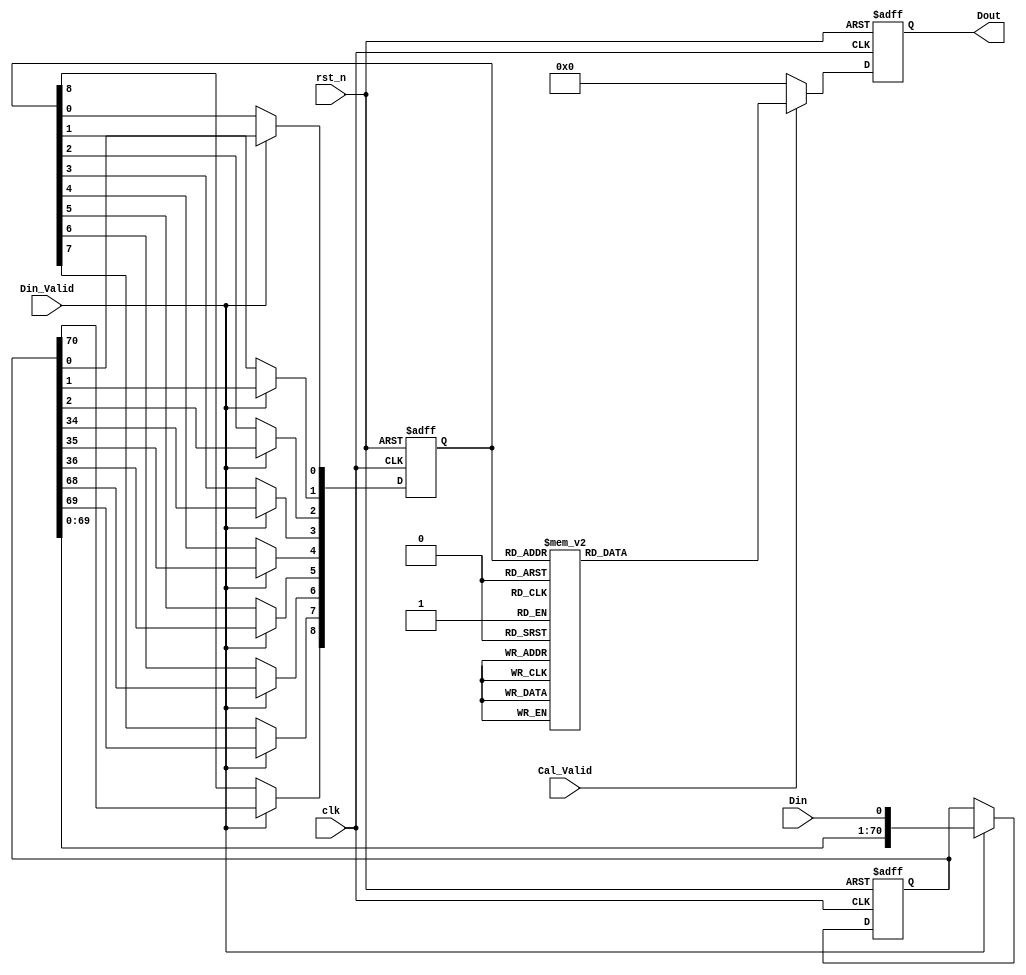
module First_CNN_0(
clk,
rst_n,
Din_Valid,
Cal_Valid,
Din,
Dout
);

input clk;
input rst_n;
input Din_Valid;
input Cal_Valid;
input Din; // 1-bit 
output reg signed [7:0] Dout; // 

reg [70:0] line_buffer; // 34*34 
reg [8:0] window_buffer; // 3*3         

    // Data Buffer
    always @ (posedge clk or negedge rst_n) begin
        if (!rst_n)
            begin
                line_buffer   <= 71'd0;
                window_buffer <= 4'b0000;
            end
        else begin
            if(Din_Valid) begin
                line_buffer      <= {line_buffer[69:0],Din};
                window_buffer[8] <= line_buffer[70];
                window_buffer[7] <= line_buffer[69];
                window_buffer[6] <= line_buffer[68];
                window_buffer[5] <= line_buffer[36];
                window_buffer[4] <= line_buffer[35];
                window_buffer[3] <= line_buffer[34];
                window_buffer[2] <= line_buffer[2];
                window_buffer[1] <= line_buffer[1];
                window_buffer[0] <= line_buffer[0];
            end
            else begin
            line_buffer   <= line_buffer;
            window_buffer <= window_buffer;
            end  
        end
    end

    always @(posedge clk or negedge rst_n) begin
        if (!rst_n)
            Dout <= 8'b00000000;
        else begin
            if(Cal_Valid) begin
            case(window_buffer)
                9'b000000000:Dout<=8'd32;
                9'b011110011:Dout<=8'd32;
                9'b100000010:Dout<=8'd32;
                9'b000000001:Dout<=8'd70;
                9'b100000011:Dout<=8'd70;
                9'b000000010:Dout<=8'd65;
                9'b000000011:Dout<=8'd103;
                9'b000000100:Dout<=8'd9;
                9'b000101000:Dout<=8'd9;
                9'b011110111:Dout<=8'd9;
                9'b100000110:Dout<=8'd9;
                9'b100010000:Dout<=8'd9;
                9'b100101010:Dout<=8'd9;
                9'b000000101:Dout<=8'd47;
                9'b000101001:Dout<=8'd47;
                9'b010001010:Dout<=8'd47;
                9'b100000111:Dout<=8'd47;
                9'b100010001:Dout<=8'd47;
                9'b100101011:Dout<=8'd47;
                9'b000000110:Dout<=8'd42;
                9'b000010000:Dout<=8'd42;
                9'b000101010:Dout<=8'd42;
                9'b100010010:Dout<=8'd42;
                9'b000000111:Dout<=8'd80;
                9'b000010001:Dout<=8'd80;
                9'b000101011:Dout<=8'd80;
                9'b100010011:Dout<=8'd80;
                9'b000001000:Dout<=8'd54;
                9'b011010111:Dout<=8'd54;
                9'b011111011:Dout<=8'd54;
                9'b100001010:Dout<=8'd54;
                9'b000001001:Dout<=8'd92;
                9'b100001011:Dout<=8'd92;
                9'b000001010:Dout<=8'd87;
                9'b000001011:Dout<=8'd125;
                9'b000001100:Dout<=8'd31;
                9'b011111111:Dout<=8'd31;
                9'b100001110:Dout<=8'd31;
                9'b100011000:Dout<=8'd31;
                9'b000001101:Dout<=8'd69;
                9'b001000010:Dout<=8'd69;
                9'b100001111:Dout<=8'd69;
                9'b100011001:Dout<=8'd69;
                9'b000001110:Dout<=8'd64;
                9'b000011000:Dout<=8'd64;
                9'b100011010:Dout<=8'd64;
                9'b000001111:Dout<=8'd102;
                9'b000011001:Dout<=8'd102;
                9'b100011011:Dout<=8'd102;
                9'b000010010:Dout<=8'd75;
                9'b000010011:Dout<=8'd112;
                9'b000010100:Dout<=8'd19;
                9'b000101110:Dout<=8'd19;
                9'b000111000:Dout<=8'd19;
                9'b100010110:Dout<=8'd19;
                9'b100111010:Dout<=8'd19;
                9'b110001001:Dout<=8'd19;
                9'b000010101:Dout<=8'd56;
                9'b000101111:Dout<=8'd56;
                9'b000111001:Dout<=8'd56;
                9'b010011010:Dout<=8'd56;
                9'b100010111:Dout<=8'd56;
                9'b100111011:Dout<=8'd56;
                9'b000010110:Dout<=8'd52;
                9'b000111010:Dout<=8'd52;
                9'b010001001:Dout<=8'd52;
                9'b110001011:Dout<=8'd52;
                9'b000010111:Dout<=8'd90;
                9'b000111011:Dout<=8'd90;
                9'b000011010:Dout<=8'd97;
                9'b000011011:Dout<=8'd135;
                9'b000011100:Dout<=8'd41;
                9'b100011110:Dout<=8'd41;
                9'b101000001:Dout<=8'd41;
                9'b000011101:Dout<=8'd79;
                9'b001010010:Dout<=8'd79;
                9'b100011111:Dout<=8'd79;
                9'b000011110:Dout<=8'd74;
                9'b001000001:Dout<=8'd74;
                9'b101000011:Dout<=8'd74;
                9'b000011111:Dout<=8'd112;
                9'b000100001:Dout<=8'd25;
                9'b010000010:Dout<=8'd25;
                9'b100100011:Dout<=8'd25;
                9'b101001000:Dout<=8'd25;
                9'b000100010:Dout<=8'd20;
                9'b000100011:Dout<=8'd57;
                9'b001001000:Dout<=8'd57;
                9'b101001010:Dout<=8'd57;
                9'b000100101:Dout<=8'd2;
                9'b010000110:Dout<=8'd2;
                9'b010010000:Dout<=8'd2;
                9'b010101010:Dout<=8'd2;
                9'b100100111:Dout<=8'd2;
                9'b100110001:Dout<=8'd2;
                9'b101001100:Dout<=8'd2;
                9'b110010010:Dout<=8'd2;
                9'b000100111:Dout<=8'd35;
                9'b000110001:Dout<=8'd35;
                9'b001001100:Dout<=8'd35;
                9'b010010010:Dout<=8'd35;
                9'b100110011:Dout<=8'd35;
                9'b101001110:Dout<=8'd35;
                9'b101011000:Dout<=8'd35;
                9'b000101101:Dout<=8'd24;
                9'b001100010:Dout<=8'd24;
                9'b010001110:Dout<=8'd24;
                9'b010011000:Dout<=8'd24;
                9'b100010101:Dout<=8'd24;
                9'b100101111:Dout<=8'd24;
                9'b100111001:Dout<=8'd24;
                9'b110011010:Dout<=8'd24;
                9'b000110010:Dout<=8'd30;
                9'b010000001:Dout<=8'd30;
                9'b110000011:Dout<=8'd30;
                9'b000110011:Dout<=8'd68;
                9'b001001110:Dout<=8'd68;
                9'b001011000:Dout<=8'd68;
                9'b101011010:Dout<=8'd68;
                9'b000110101:Dout<=8'd12;
                9'b010010110:Dout<=8'd12;
                9'b010111010:Dout<=8'd12;
                9'b100110111:Dout<=8'd12;
                9'b101011100:Dout<=8'd12;
                9'b000110110:Dout<=8'd7;
                9'b010000101:Dout<=8'd7;
                9'b010101001:Dout<=8'd7;
                9'b110000111:Dout<=8'd7;
                9'b110010001:Dout<=8'd7;
                9'b110101011:Dout<=8'd7;
                9'b000110111:Dout<=8'd45;
                9'b001011100:Dout<=8'd45;
                9'b101011110:Dout<=8'd45;
                9'b000111101:Dout<=8'd34;
                9'b001110010:Dout<=8'd34;
                9'b010011110:Dout<=8'd34;
                9'b011000001:Dout<=8'd34;
                9'b100111111:Dout<=8'd34;
                9'b111000011:Dout<=8'd34;
                9'b000111110:Dout<=8'd28;
                9'b001100001:Dout<=8'd28;
                9'b010001101:Dout<=8'd28;
                9'b011000010:Dout<=8'd28;
                9'b101100011:Dout<=8'd28;
                9'b110001111:Dout<=8'd28;
                9'b110011001:Dout<=8'd28;
                9'b000111111:Dout<=8'd67;
                9'b011000011:Dout<=8'd67;
                9'b001000000:Dout<=8'd36;
                9'b100001101:Dout<=8'd36;
                9'b101000010:Dout<=8'd36;
                9'b001000011:Dout<=8'd107;
                9'b001000100:Dout<=8'd13;
                9'b001101000:Dout<=8'd13;
                9'b101000110:Dout<=8'd13;
                9'b101010000:Dout<=8'd13;
                9'b101101010:Dout<=8'd13;
                9'b001000101:Dout<=8'd51;
                9'b001101001:Dout<=8'd51;
                9'b011001010:Dout<=8'd51;
                9'b101000111:Dout<=8'd51;
                9'b101010001:Dout<=8'd51;
                9'b101101011:Dout<=8'd51;
                9'b001000110:Dout<=8'd46;
                9'b001010000:Dout<=8'd46;
                9'b001101010:Dout<=8'd46;
                9'b100011101:Dout<=8'd46;
                9'b101010010:Dout<=8'd46;
                9'b001000111:Dout<=8'd84;
                9'b001010001:Dout<=8'd84;
                9'b001101011:Dout<=8'd84;
                9'b101010011:Dout<=8'd84;
                9'b001001001:Dout<=8'd96;
                9'b101001011:Dout<=8'd96;
                9'b001001010:Dout<=8'd91;
                9'b001001011:Dout<=8'd129;
                9'b001001101:Dout<=8'd73;
                9'b010010011:Dout<=8'd73;
                9'b101001111:Dout<=8'd73;
                9'b101011001:Dout<=8'd73;
                9'b001001111:Dout<=8'd106;
                9'b001011001:Dout<=8'd106;
                9'b101011011:Dout<=8'd106;
                9'b001010011:Dout<=8'd117;
                9'b001010100:Dout<=8'd23;
                9'b001101110:Dout<=8'd23;
                9'b001111000:Dout<=8'd23;
                9'b101010110:Dout<=8'd23;
                9'b101111010:Dout<=8'd23;
                9'b111001001:Dout<=8'd23;
                9'b001010101:Dout<=8'd61;
                9'b001101111:Dout<=8'd61;
                9'b001111001:Dout<=8'd61;
                9'b011011010:Dout<=8'd61;
                9'b101010111:Dout<=8'd61;
                9'b101111011:Dout<=8'd61;
                9'b001010110:Dout<=8'd56;
                9'b001111010:Dout<=8'd56;
                9'b011001001:Dout<=8'd56;
                9'b111001011:Dout<=8'd56;
                9'b001010111:Dout<=8'd94;
                9'b001111011:Dout<=8'd94;
                9'b001011010:Dout<=8'd101;
                9'b001011011:Dout<=8'd139;
                9'b001011101:Dout<=8'd83;
                9'b101011111:Dout<=8'd83;
                9'b001011110:Dout<=8'd78;
                9'b001011111:Dout<=8'd115;
                9'b001100011:Dout<=8'd62;
                9'b010001111:Dout<=8'd62;
                9'b010011001:Dout<=8'd62;
                9'b110011011:Dout<=8'd62;
                9'b001100101:Dout<=8'd6;
                9'b011000110:Dout<=8'd6;
                9'b011010000:Dout<=8'd6;
                9'b011101010:Dout<=8'd6;
                9'b101100111:Dout<=8'd6;
                9'b101110001:Dout<=8'd6;
                9'b110011101:Dout<=8'd6;
                9'b111010010:Dout<=8'd6;
                9'b001100110:Dout<=8'd1;
                9'b001110000:Dout<=8'd1;
                9'b010011100:Dout<=8'd1;
                9'b100111101:Dout<=8'd1;
                9'b101110010:Dout<=8'd1;
                9'b110011110:Dout<=8'd1;
                9'b111000001:Dout<=8'd1;
                9'b001100111:Dout<=8'd39;
                9'b001110001:Dout<=8'd39;
                9'b010011101:Dout<=8'd39;
                9'b011010010:Dout<=8'd39;
                9'b101110011:Dout<=8'd39;
                9'b110011111:Dout<=8'd39;
                9'b001101101:Dout<=8'd28;
                9'b010110011:Dout<=8'd28;
                9'b011001110:Dout<=8'd28;
                9'b011011000:Dout<=8'd28;
                9'b101010101:Dout<=8'd28;
                9'b101101111:Dout<=8'd28;
                9'b101111001:Dout<=8'd28;
                9'b111011010:Dout<=8'd28;
                9'b001110011:Dout<=8'd72;
                9'b010011111:Dout<=8'd72;
                9'b001110101:Dout<=8'd16;
                9'b011010110:Dout<=8'd16;
                9'b011111010:Dout<=8'd16;
                9'b101110111:Dout<=8'd16;
                9'b001110110:Dout<=8'd11;
                9'b011000101:Dout<=8'd11;
                9'b011101001:Dout<=8'd11;
                9'b111000111:Dout<=8'd11;
                9'b111010001:Dout<=8'd11;
                9'b111101011:Dout<=8'd11;
                9'b001110111:Dout<=8'd49;
                9'b001111101:Dout<=8'd38;
                9'b011011110:Dout<=8'd38;
                9'b101111111:Dout<=8'd38;
                9'b001111110:Dout<=8'd33;
                9'b011001101:Dout<=8'd33;
                9'b111001111:Dout<=8'd33;
                9'b111011001:Dout<=8'd33;
                9'b001111111:Dout<=8'd71;
                9'b010000011:Dout<=8'd63;
                9'b101001001:Dout<=8'd63;
                9'b010000111:Dout<=8'd40;
                9'b010010001:Dout<=8'd40;
                9'b010101011:Dout<=8'd40;
                9'b101001101:Dout<=8'd40;
                9'b110010011:Dout<=8'd40;
                9'b010001000:Dout<=8'd14;
                9'b100000101:Dout<=8'd14;
                9'b100101001:Dout<=8'd14;
                9'b110001010:Dout<=8'd14;
                9'b010001011:Dout<=8'd85;
                9'b010010101:Dout<=8'd17;
                9'b010101111:Dout<=8'd17;
                9'b010111001:Dout<=8'd17;
                9'b110010111:Dout<=8'd17;
                9'b110111011:Dout<=8'd17;
                9'b010010111:Dout<=8'd50;
                9'b010111011:Dout<=8'd50;
                9'b101011101:Dout<=8'd50;
                9'b010011011:Dout<=8'd95;
                9'b010100011:Dout<=8'd18;
                9'b011001000:Dout<=8'd18;
                9'b101000101:Dout<=8'd18;
                9'b101101001:Dout<=8'd18;
                9'b111001010:Dout<=8'd18;
                9'b010110111:Dout<=8'd5;
                9'b011011100:Dout<=8'd5;
                9'b101111101:Dout<=8'd5;
                9'b111011110:Dout<=8'd5;
                9'b010111111:Dout<=8'd27;
                9'b011000111:Dout<=8'd44;
                9'b011010001:Dout<=8'd44;
                9'b011101011:Dout<=8'd44;
                9'b111010011:Dout<=8'd44;
                9'b011001011:Dout<=8'd89;
                9'b011001111:Dout<=8'd66;
                9'b011011001:Dout<=8'd66;
                9'b111011011:Dout<=8'd66;
                9'b011010011:Dout<=8'd77;
                9'b011010101:Dout<=8'd21;
                9'b011101111:Dout<=8'd21;
                9'b011111001:Dout<=8'd21;
                9'b100001000:Dout<=8'd21;
                9'b111010111:Dout<=8'd21;
                9'b111111011:Dout<=8'd21;
                9'b011011011:Dout<=8'd99;
                9'b011011101:Dout<=8'd43;
                9'b111011111:Dout<=8'd43;
                9'b011011111:Dout<=8'd76;
                9'b011100011:Dout<=8'd22;
                9'b100000001:Dout<=8'd37;
                9'b100001001:Dout<=8'd59;
                9'b100011100:Dout<=8'd8;
                9'b101000000:Dout<=8'd3;
                9'b111011101:Dout<=8'd10; 
                default:     Dout<=8'd0;
            endcase
            end
            else
                Dout<=8'd0;
        end
    end
endmodule